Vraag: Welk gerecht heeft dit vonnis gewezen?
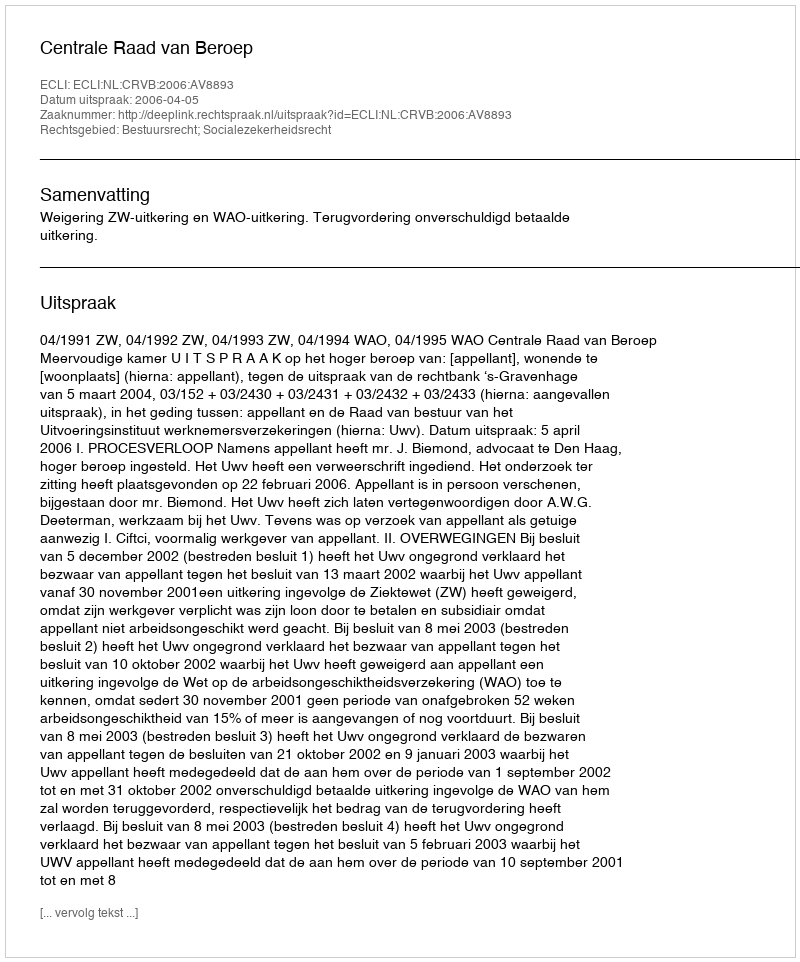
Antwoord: Centrale Raad van Beroep